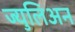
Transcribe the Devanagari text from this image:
ज्युलिअन